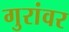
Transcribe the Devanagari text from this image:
गुरांवर